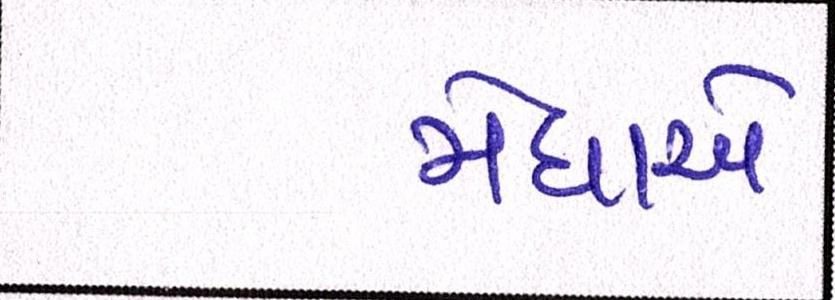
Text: મેઘાએ